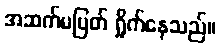
အဆက်မပြတ် ရှိုက်နေသည်။